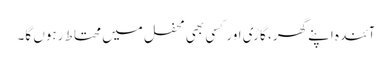
آئندہ اپنے گھر، گاڑی اور کسی بھی محفل میں محتاط رہوں گا۔